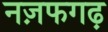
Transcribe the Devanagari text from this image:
नज़फगढ़